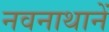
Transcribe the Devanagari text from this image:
नवनाथानें